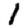
Digit: 1